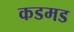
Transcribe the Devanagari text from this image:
कडमड